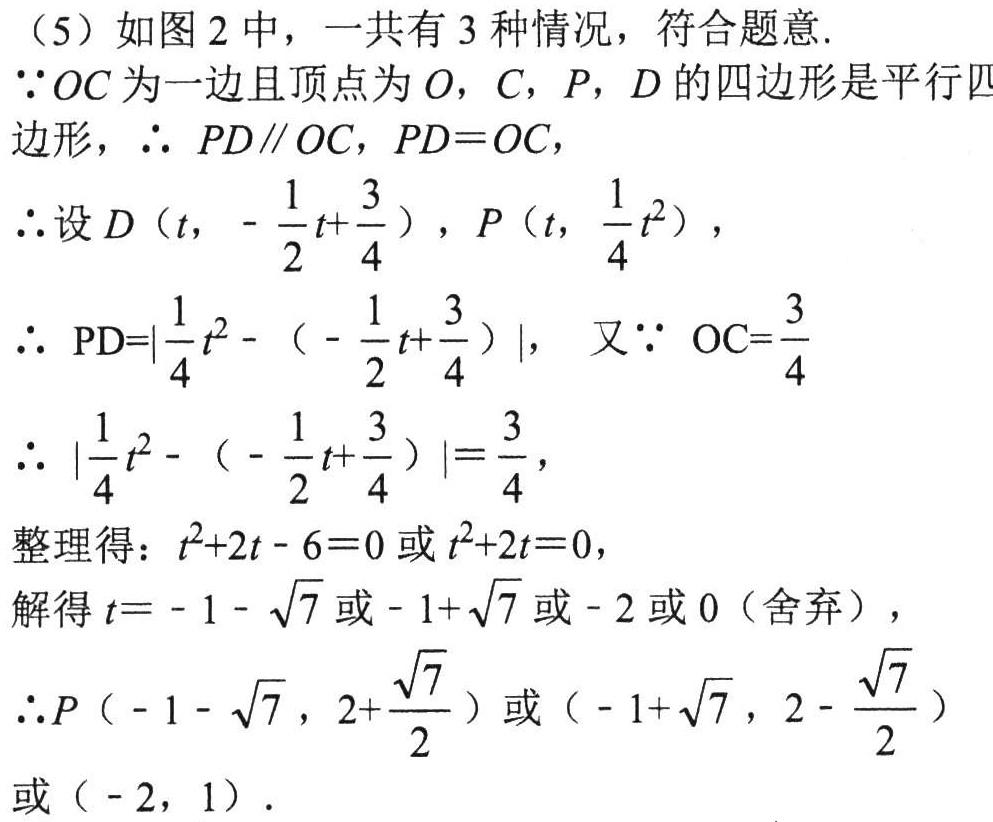
（5）如图2中，一共有3种情况，符合题意.
$\because OC$为一边且顶点为$O$，$C$，$P$，$D$的四边形是平行四边形，$\therefore PD\parallel OC$，$PD = OC$，
$\therefore$设$D\left(t,-\frac{1}{2}t + \frac{3}{4}\right)$，$P\left(t,\frac{1}{4}t^{2}\right)$，
$\therefore \text{PD}=\left|\frac{1}{4}t^{2}-\left(-\frac{1}{2}t + \frac{3}{4}\right)\right|$， 又$\because \text{OC}=\frac{3}{4}$
$\therefore \left|\frac{1}{4}t^{2}-\left(-\frac{1}{2}t + \frac{3}{4}\right)\right|=\frac{3}{4}$，
整理得：$t^{2}+2t - 6 = 0$或$t^{2}+2t = 0$，
解得$t=-1-\sqrt{7}$或$-1 + \sqrt{7}$或$-2$或$0$（舍弃），
$\therefore P\left(-1-\sqrt{7},2+\frac{\sqrt{7}}{2}\right)$或$\left(-1 + \sqrt{7},2-\frac{\sqrt{7}}{2}\right)$或$(-2,1)$．